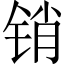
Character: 销